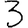
Digit: 3